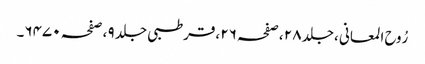
رُوح المعانی ،جلد ٢٨ ،صفحہ ٢٦ ،قرطبی جلد ٩ ،صفحہ ٦٤٧٠۔